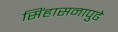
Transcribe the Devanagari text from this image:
सिंहासनापुढे